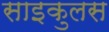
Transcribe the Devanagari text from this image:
साइकुलस